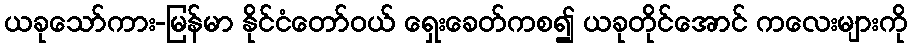
ယခုသော်ကား-မြန်မာ နိုင်ငံတော်ဝယ် ရှေးခေတ်ကစ၍ ယခုတိုင်အောင် ကလေးများကို